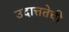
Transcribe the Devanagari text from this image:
उदात्ततेची